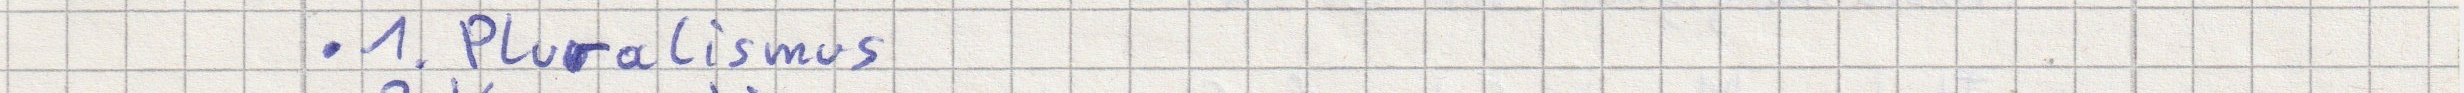
- 1. Pluralismus